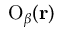
{ { { \mathrm O } } _ { \beta } } ( \bf { r } )